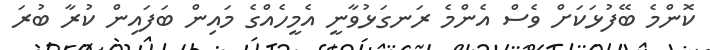
ކޮންމެ ބޭފުޅަކަށް ވެސް އެންމެ ރަނގަޅުވާނީ އެމީހެއްގެ މައިން ބަފައިން ކުރާ ބުރަ